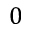
0